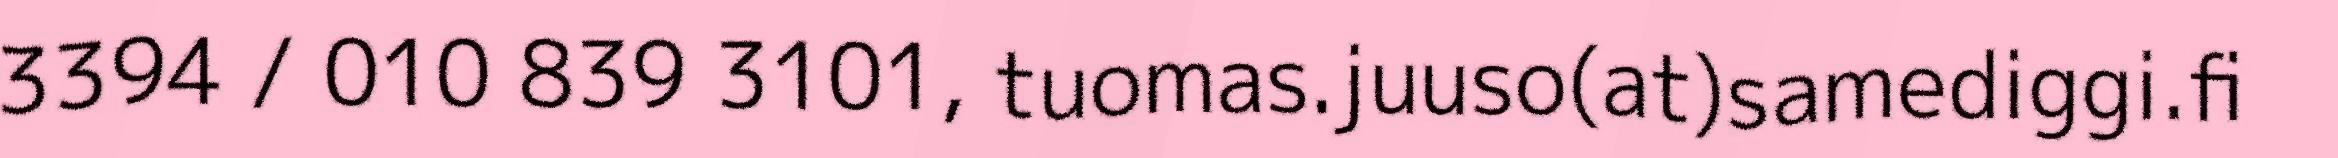
3394 / 010 839 3101, tuomas.juuso(at)samediggi.fi